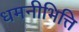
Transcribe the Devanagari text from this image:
धमनीभित्ति